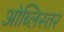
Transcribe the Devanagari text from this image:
ओब्लिस्तर